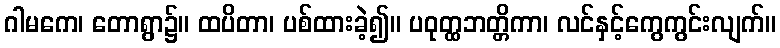
ဂါမကေ၊ တောရွာ၌။ ထပိတာ၊ ပစ်ထားခဲ့၍။ ပဝုတ္ထဘတ္တိကာ၊ လင်နှင့်ကွေကွင်းလျက်။